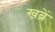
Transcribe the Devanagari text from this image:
खब्रें